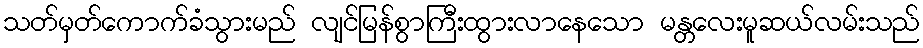
သတ်မှတ်ကောက်ခံသွားမည် လျင်မြန်စွာကြီးထွားလာနေသော မန္တလေးမူဆယ်လမ်းသည်